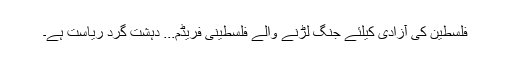
فلسطین کی آزادی کیلئے جنگ لڑنے والے فلسطینی فریڈم... دہشت گرد ریاست ہے۔